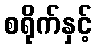
စရိုက်နှင့်